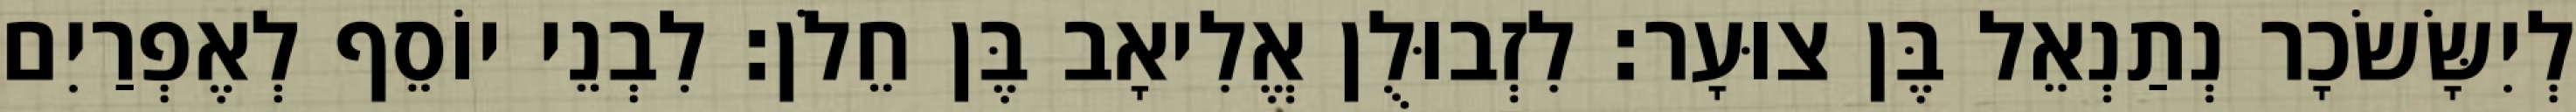
לְיִשָּׂשׂכָר נְתַנְאֵל בֶּן צוּעָר׃ לִזְבוּלֻן אֱלִיאָב בֶּן חֵלֹן׃ לִבְנֵי יוֹסֵף לְאֶפְרַיִם